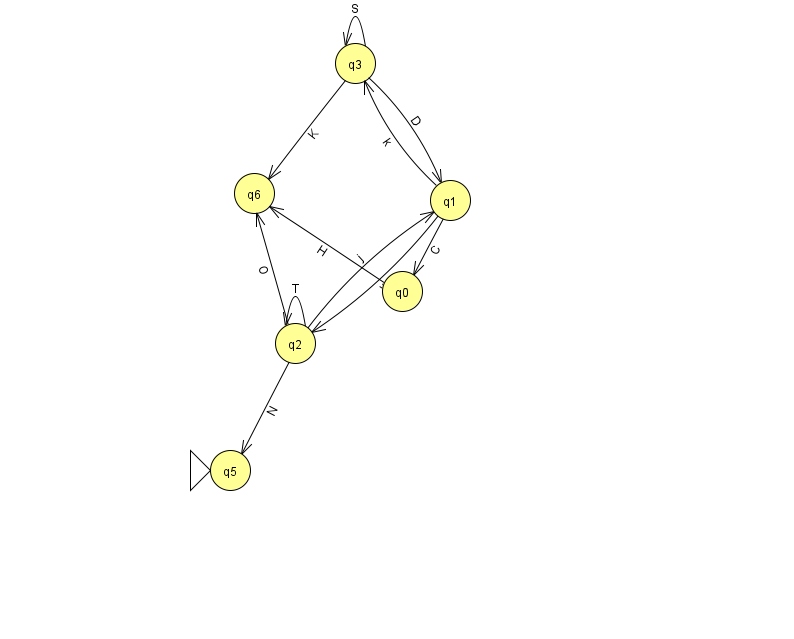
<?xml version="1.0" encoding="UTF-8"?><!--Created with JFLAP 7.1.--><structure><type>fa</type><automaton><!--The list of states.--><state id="0" name="q0"><x>402.0</x><y>278.0</y></state><state id="1" name="q1"><x>450.0</x><y>187.0</y></state><state id="2" name="q2"><x>295.0</x><y>330.0</y></state><state id="3" name="q3"><x>355.0</x><y>50.0</y></state><state id="5" name="q5"><x>230.0</x><y>457.0</y><initial/></state><state id="6" name="q6"><x>254.0</x><y>180.0</y></state><!--The list of transitions.--><transition><from>1</from><to>2</to><read>w</read></transition><transition><from>3</from><to>6</to><read>K</read></transition><transition><from>2</from><to>5</to><read>N</read></transition><transition><from>3</from><to>3</to><read>S</read></transition><transition><from>1</from><to>3</to><read>k</read></transition><transition><from>2</from><to>2</to><read>T</read></transition><transition><from>0</from><to>6</to><read>H</read></transition><transition><from>1</from><to>0</to><read>C</read></transition><transition><from>3</from><to>1</to><read>D</read></transition><transition><from>2</from><to>6</to><read>O</read></transition><transition><from>2</from><to>1</to><read>j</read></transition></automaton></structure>